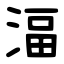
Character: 湢